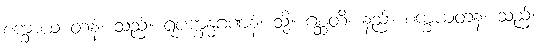
စက္ခာယ တနံ၊ သည်။ ရူပက္ခန္ဓဂဏနံ၊ သို့။ ဂစ္ဆတိ၊ နည်။ စက္ခယတနံ၊ သည်။